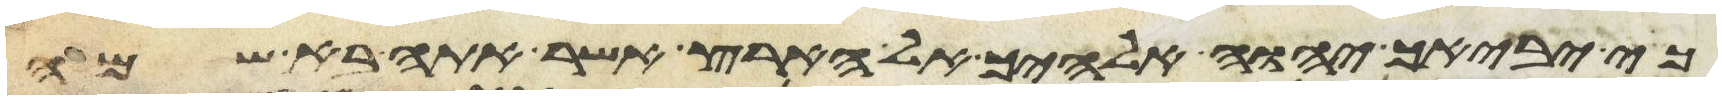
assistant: כי יביאך יהוה אלהיך אל הארץ אשר אתה בא שמה